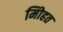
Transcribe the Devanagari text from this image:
मोिहत